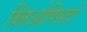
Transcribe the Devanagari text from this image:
य्लिओपिसटो